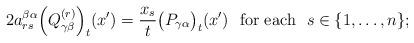
LaTeX: \begin{align*}2a^{\beta\alpha}_{rs}\Big(Q^{(r)}_{\gamma\beta}\Big)_t(x')=\frac{x_s}{t}\big(P_{\gamma\alpha}\big)_t(x')\,\,\mbox{ for each }\,\,s\in\{1,\dots,n\};\end{align*}